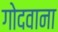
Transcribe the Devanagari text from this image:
गोदवाना